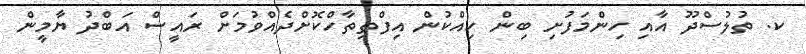
ކ. ތުލުސްދޫ އާއި ހިންމަފުށި ބިން ހިއްކުން އިފްތިތާހްކޮށްދެއްވުމަށް ރައީސް އަބްދު ޔާމީން